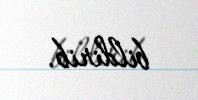
bildirib.